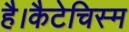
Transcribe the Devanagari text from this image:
है।कैटेचिस्म